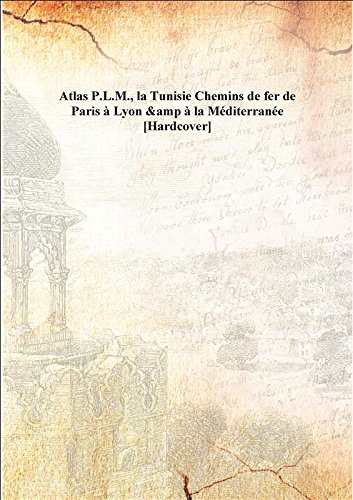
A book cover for Atlas P.L.M., la Tunisie Chemins de fer de Paris ÃEÂ  Lyon & ÃEÂ  la MÃEÂ©diterranÃEÂ©e [Hardcover]; Anonymous; Travel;